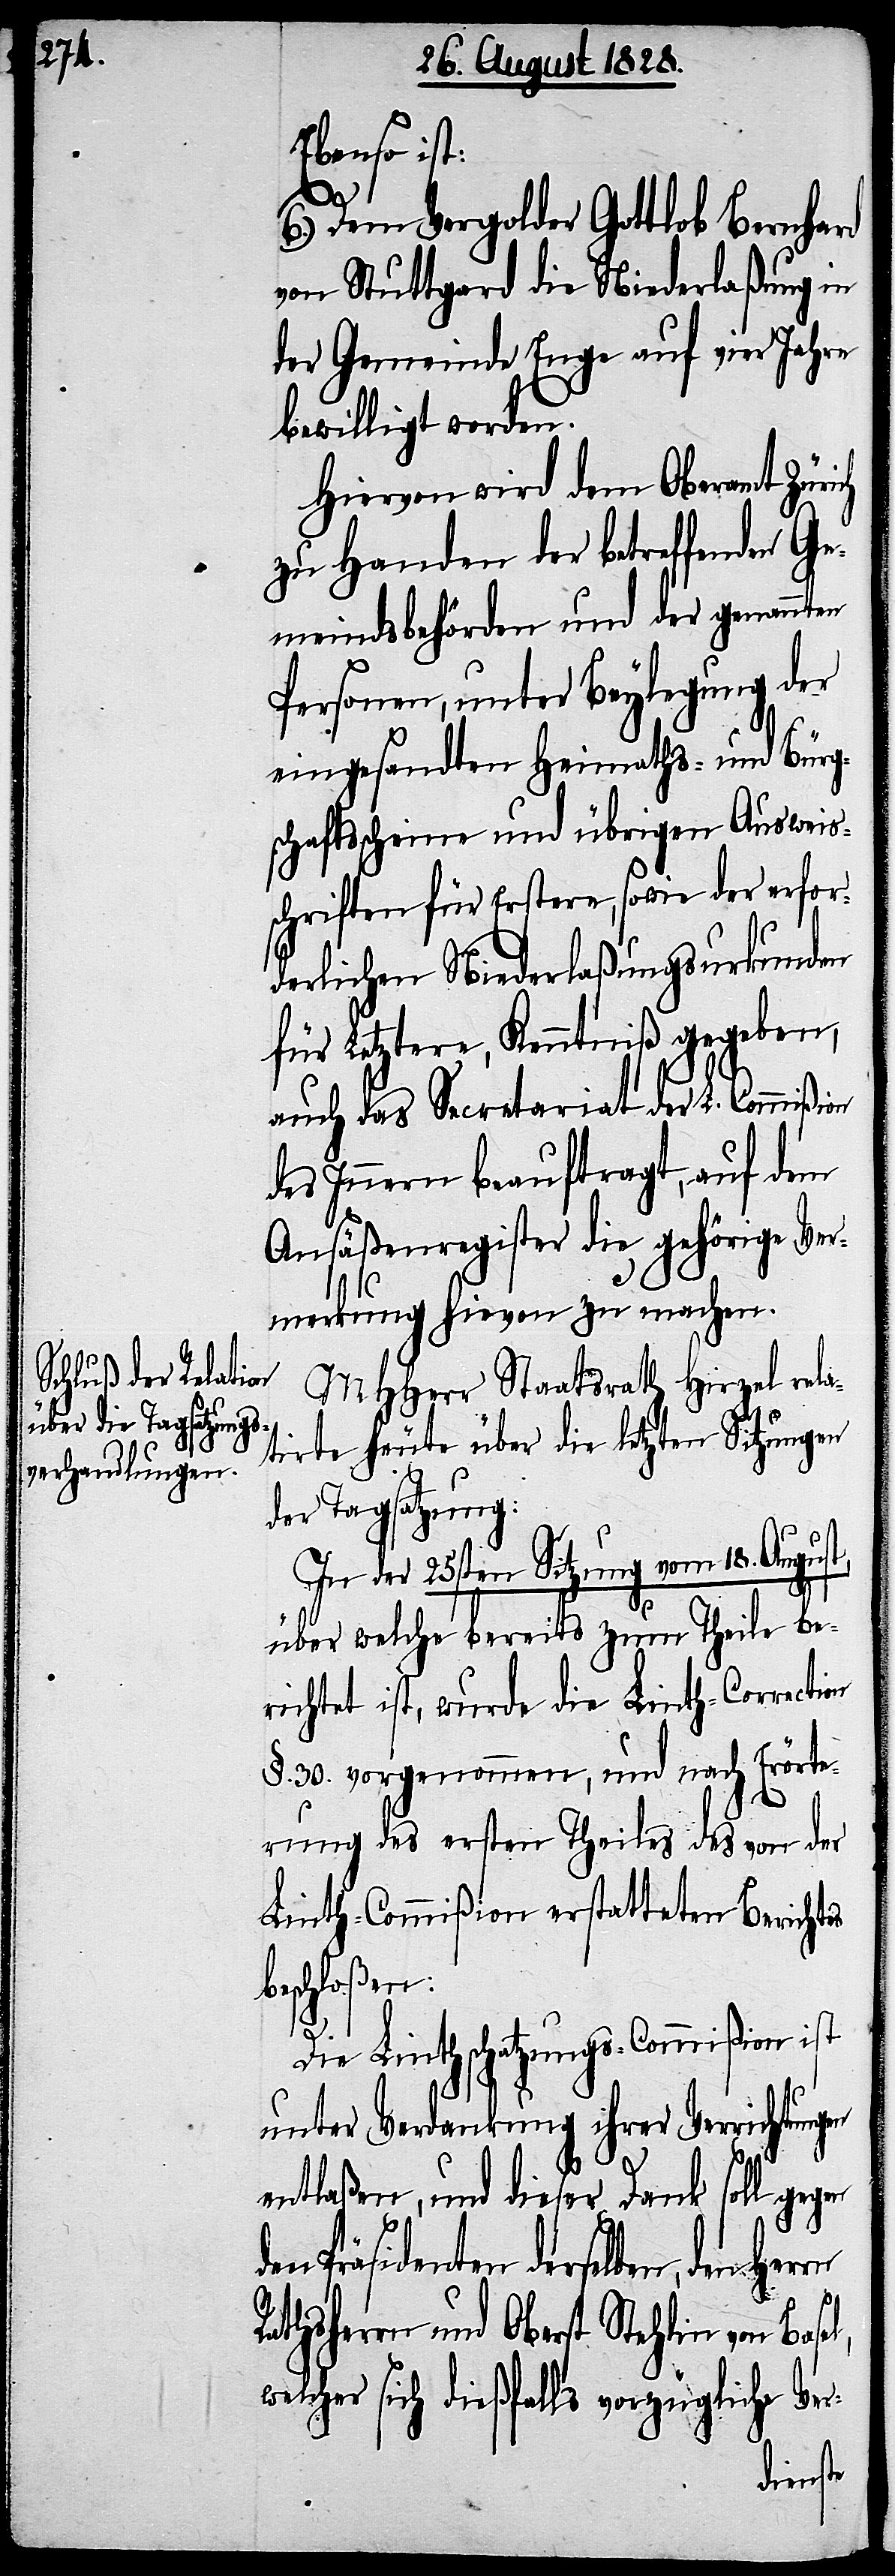
Ebenso ist:
gen d¬
6.) Dem Vergolder Gottlob Bernhard
von Stuttgard die Niederlaßung in
der Gemeinde Enge auf vier Jahre
bewilligt worden.
Hiervon wird dem Oberamt Zürich
zu Handen der betreffend Ge¬
meindsbehörden und der genannten
Personen, unter Beylegung der
eingesandten Heimaths- und Bürg¬
schaftsscheine und übrigen Ausweis¬
schriften für Erstere, sowie der erfor¬
derlichen Niederlaßungsurkunden
für Letztere, Kenntniß gegeben,
auch das Secretariat der L. Commißion
des Innern beauftragt, auf dem
Ansäßenregister die gehörige Ve¬
rmerkung hievon zu machen.
MHHerr Staatsrath Hirzel rela¬
tirte heute über die letzten Sitzungen
der Tagsatzung:
In der 25sten Sitzung vom 18. August,
über welche bereits zum Theile be¬
richtet ist, wurde die Linth-Correction
§. 30. vorgenommen, und nach Erörte¬
rung des ersten Theiles des von der
Linth-Correction erstatteten Berichtes
beschloßen:
Die Linthschatzungs-Commißion ist
unter Verdankung ihrer Verrichtungen
entlaßen, und dieser Dank soll ge¬
en Präsidenten derselben, den
el,
Rathsherrn und Oberst Stehlin von Bas¬
welcher sich dießfalls vorzügliche Ver-